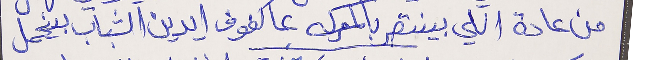
من عادة اللي بينتصر بالمعركه عا كفوف ايدين الشباب بينحمل